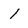
Character: I